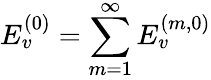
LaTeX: E_{v}^{(0)}=\sum_{m=1}^{\infty}E_{v}^{(m,0)}